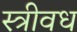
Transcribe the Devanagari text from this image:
स्त्रीवध